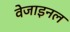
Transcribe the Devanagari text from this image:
वेजाइनल